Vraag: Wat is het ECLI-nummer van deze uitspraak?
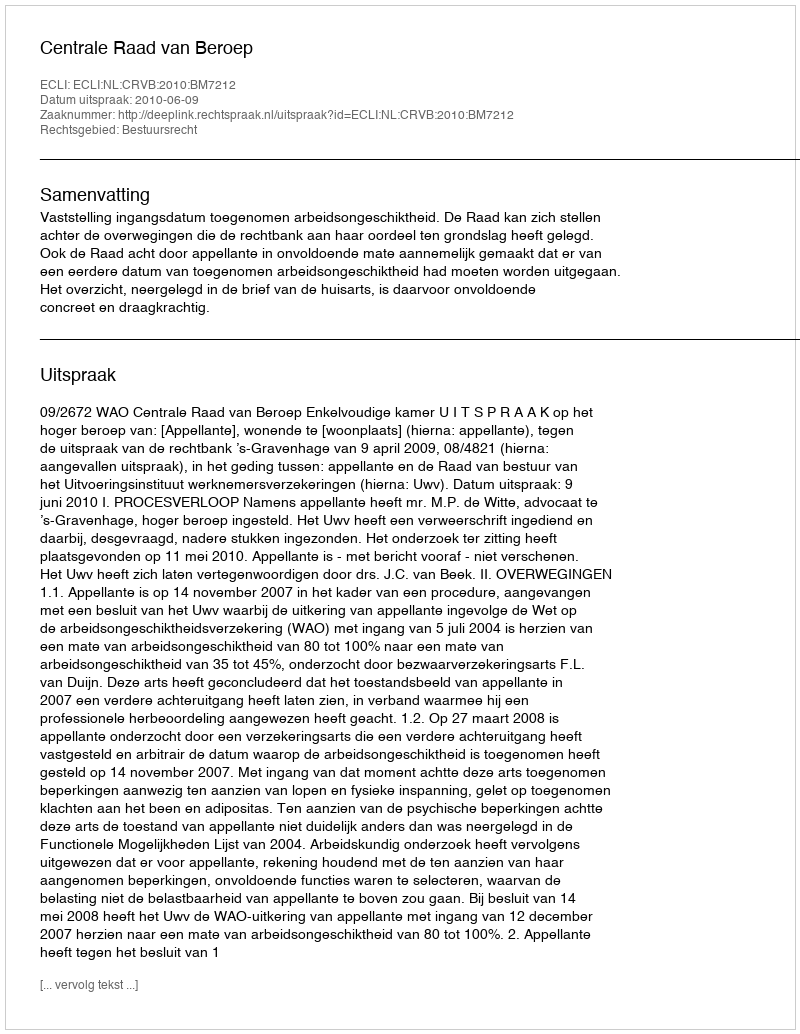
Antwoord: ECLI:NL:CRVB:2010:BM7212